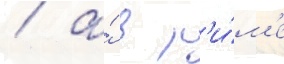
/ а́ в р'и́м'е